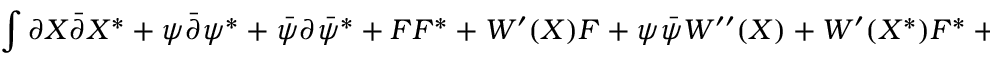
\int { \partial X \bar { \partial } X ^ { \ast } + \psi \bar { \partial } \psi ^ { \ast } + \bar { \psi } \partial \bar { \psi } ^ { \ast } + F F ^ { \ast } + W ^ { \prime } ( X ) F + \psi \bar { \psi } W ^ { \prime \prime } ( X ) + W ^ { \prime } ( X ^ { \ast } ) F ^ { \ast } + \psi ^ { \ast } \bar { \psi } ^ { \ast } W ^ { \prime \prime } ( X ^ { \ast } ) }